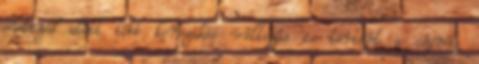
évtized alatt több korszakos változás is történt a cégnél.